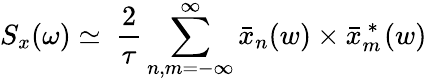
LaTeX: S_{x}(\omega)\simeq\ \frac{2}{\tau}\sum_{n,m=-\infty}^{\infty}\bar{x}_{n}(w)\times\bar{x}_{m}^{\mathrm{~*~}}(w)